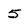
Character: 5